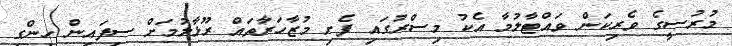
މުރުސީގެ ވެރިކަން ވައްޓާލުމާ އެކު މިސްރުގައި ފެށި މުޒާހަރާތައް ރޫޅާލުމަށް ސިފައިން ހިންގި